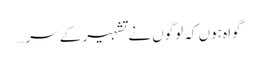
گواہ ہوں کہ لوگوں نے تشہیر کے سر…